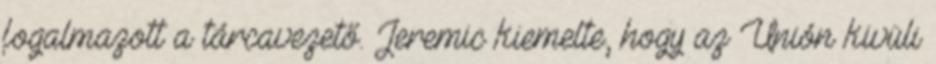
fogalmazott a tárcavezető. Jeremic kiemelte, hogy az Unión kivüli